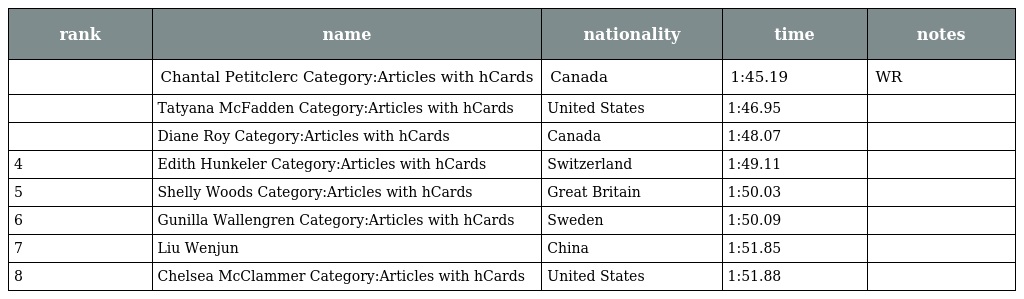
| rank | name | nationality | time | notes |
 | --- | --- | --- | --- | --- |
 |  | Chantal Petitclerc Category:Articles with hCards | Canada | 1:45.19 | WR |
 |  | Tatyana McFadden Category:Articles with hCards | United States | 1:46.95 |  |
 |  | Diane Roy Category:Articles with hCards | Canada | 1:48.07 |  |
 | 4 | Edith Hunkeler Category:Articles with hCards | Switzerland | 1:49.11 |  |
 | 5 | Shelly Woods Category:Articles with hCards | Great Britain | 1:50.03 |  |
 | 6 | Gunilla Wallengren Category:Articles with hCards | Sweden | 1:50.09 |  |
 | 7 | Liu Wenjun | China | 1:51.85 |  |
 | 8 | Chelsea McClammer Category:Articles with hCards | United States | 1:51.88 |  |